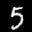
Label: 5